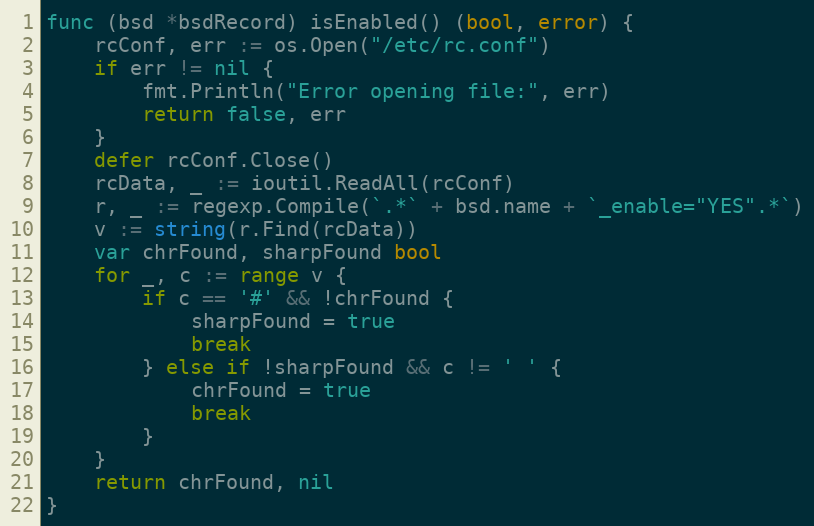
Language: Go
func (bsd *bsdRecord) isEnabled() (bool, error) {
	rcConf, err := os.Open("/etc/rc.conf")
	if err != nil {
		fmt.Println("Error opening file:", err)
		return false, err
	}
	defer rcConf.Close()
	rcData, _ := ioutil.ReadAll(rcConf)
	r, _ := regexp.Compile(`.*` + bsd.name + `_enable="YES".*`)
	v := string(r.Find(rcData))
	var chrFound, sharpFound bool
	for _, c := range v {
		if c == '#' && !chrFound {
			sharpFound = true
			break
		} else if !sharpFound && c != ' ' {
			chrFound = true
			break
		}
	}
	return chrFound, nil
}